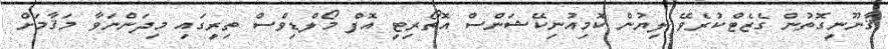
ޤާނޫނީގޮތުން ގެޒެޓްކުރެވޭ ލިޔުން ކޮމިއުނިކޭޝަންސް އޮތޯރިޓީ އޮފް މޯލްޑިވްސް ތިރީގައި މިދަންނަވާ މަޤާމަށް